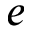
e